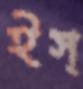
ইস্